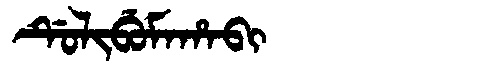
Manchu: ᡩᡠᠯᡳᠪᡠᠮᠠᡥᠠᠪᡳ
Romanization: DULIBUMAHABI